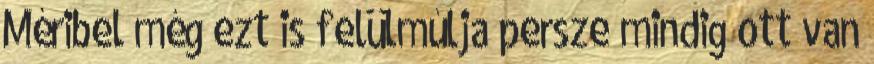
Méribel még ezt is felülmúlja persze mindig ott van